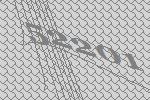
52201